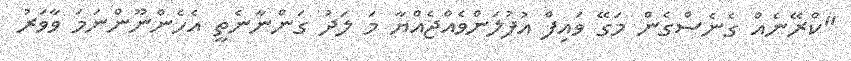
"ކްރޭނެއް ގެނެސްގެން މަގޭ ވައިފް އުފުލަންވެއްޖެއްޔާ މަ ލަދު ގަންނާނެތީ އެހެންނޫންނަމަ ވާވަރު